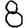
Digit: 8